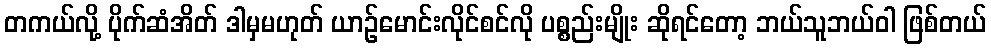
တကယ်လို့ ပိုက်ဆံအိတ် ဒါမှမဟုတ် ယာဉ်မောင်းလိုင်စင်လို ပစ္စည်းမျိုး ဆိုရင်တော့ ဘယ်သူဘယ်ဝါ ဖြစ်တယ်